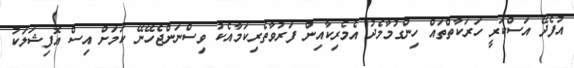
އުފެދޭ އަސްކަރީ ހަރަކާތްތައް ހިންގުމާމެދު އެމެރިކާއިން ފަރުވާތެރިކަމާއެކު ވިސްނަންޖެހޭނޭ ކަމަށް އިސް އޮފިޝަލަކު